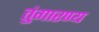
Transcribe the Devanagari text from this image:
तुंगारण्य